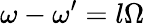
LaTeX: \omega-\omega^{\prime}=l\Omega